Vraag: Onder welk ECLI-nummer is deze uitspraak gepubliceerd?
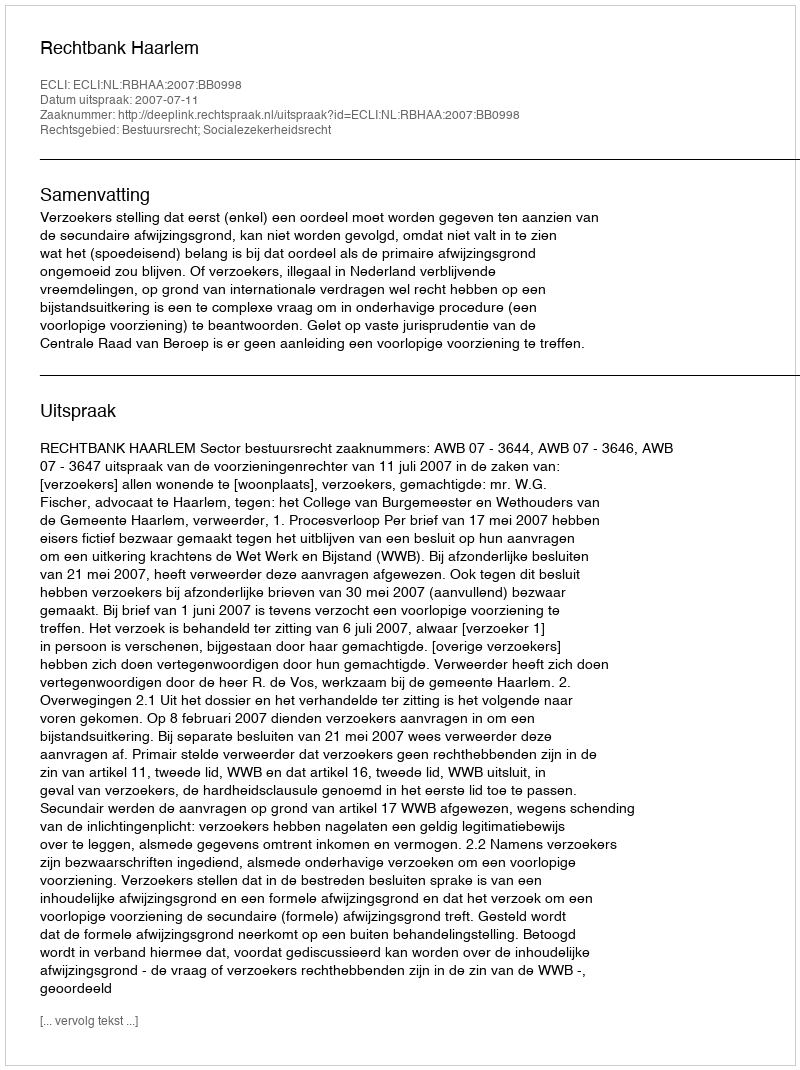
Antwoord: ECLI:NL:RBHAA:2007:BB0998